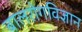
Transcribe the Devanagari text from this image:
बालरोगविज्ञान